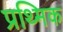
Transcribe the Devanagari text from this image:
प्रथ्मिक